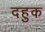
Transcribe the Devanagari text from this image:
दहुक